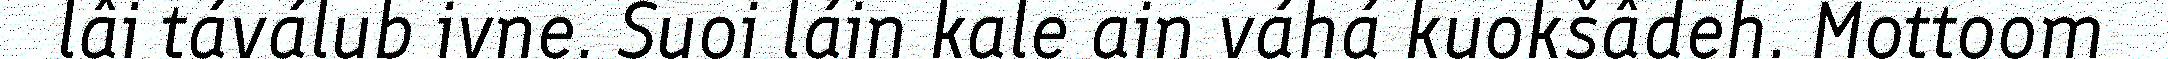
lâi táválub ivne. Suoi láin kale ain váhá kuokšâdeh. Mottoom